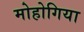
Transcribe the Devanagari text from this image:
मोहोगिया